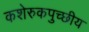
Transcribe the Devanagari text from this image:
कशेरुकपुच्छीय